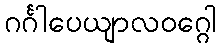
ဂင်္ဂါပေယျာလဝဂ္ဂေါ